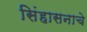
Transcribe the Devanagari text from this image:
सिंहासनाचे